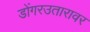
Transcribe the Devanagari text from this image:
डोंगरउतारावर